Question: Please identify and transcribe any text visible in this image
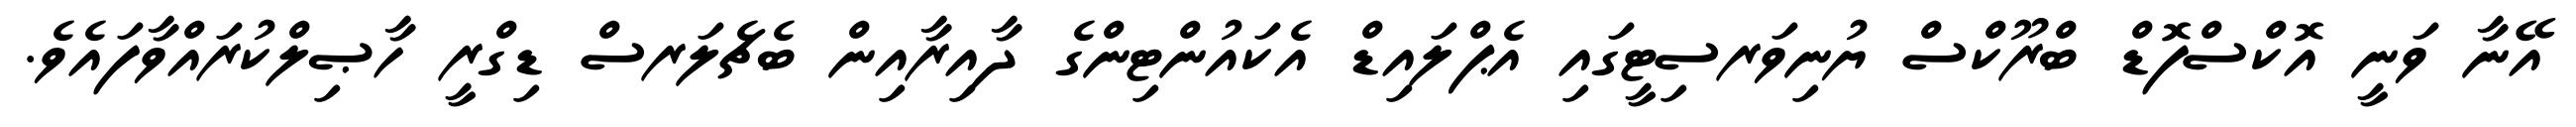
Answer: އޭނާ ވަނީ އޮކްސްފޮޑް ބްރޫކްސް ޔުނިވަރސިޓީގައި އެޕްލައިޑް އެކައުންޓިންގެ ދާއިރާއިން ބެޗެލަރސް ޑިގްރީ ހާޞިލްކުރައްވާފައެވެ.